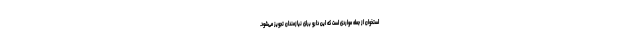
استخوان از جمله مواردی است که این دارو برای نیازمندان تجویز می‌شود.